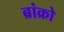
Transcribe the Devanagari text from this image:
ब्रांक्रो